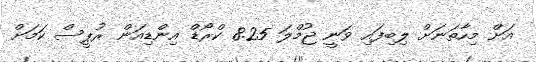
އަށް މިހާތަނަށް ލިބިފައި ވަނީ ޖުމްލަ 8.25 ކްރޯޑް އިންޑިއަން ރުޕީސް ކަމަށް